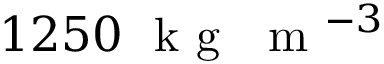
1 2 5 0 ~ \textrm { k g } ~ \textrm { m } ^ { - 3 }